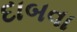
દાબવા